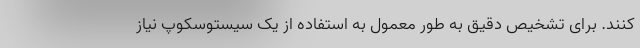
کنند. برای تشخیص دقیق به طور معمول به استفاده از یک سیستوسکوپ نیاز